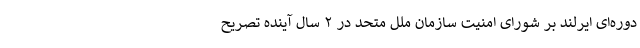
دوره‌ای ایرلند بر شورای امنیت سازمان ملل متحد در ۲ سال آینده تصریح